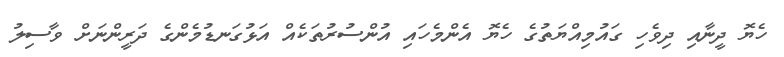
ހެޔޮ ދީނާއި ދިވެހި ގައުމިއްޔަތުގެ ހެޔޮ އެންމެހައި އުންސުރުތަކެއް އަޅުގަނޑުމެންގެ ދަރީންނަށް ވާސިލު